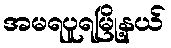
အမရပူရမြို့နယ်